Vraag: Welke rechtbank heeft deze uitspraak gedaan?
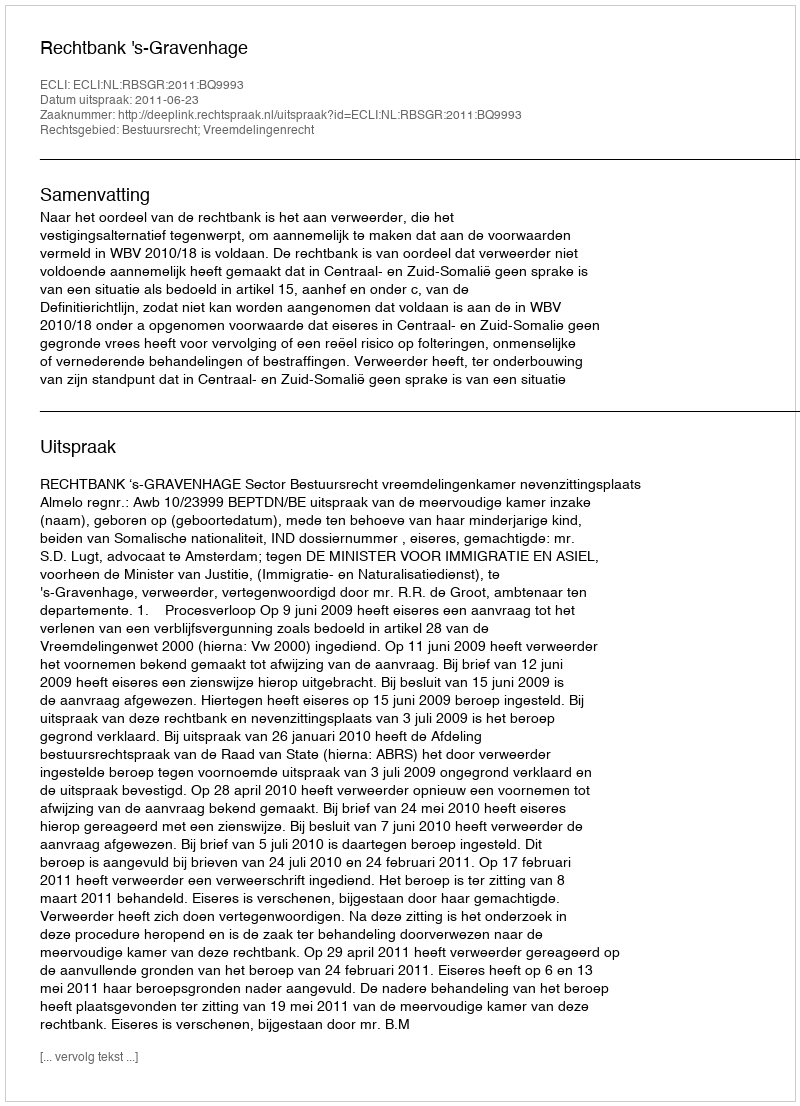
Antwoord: Rechtbank 's-Gravenhage